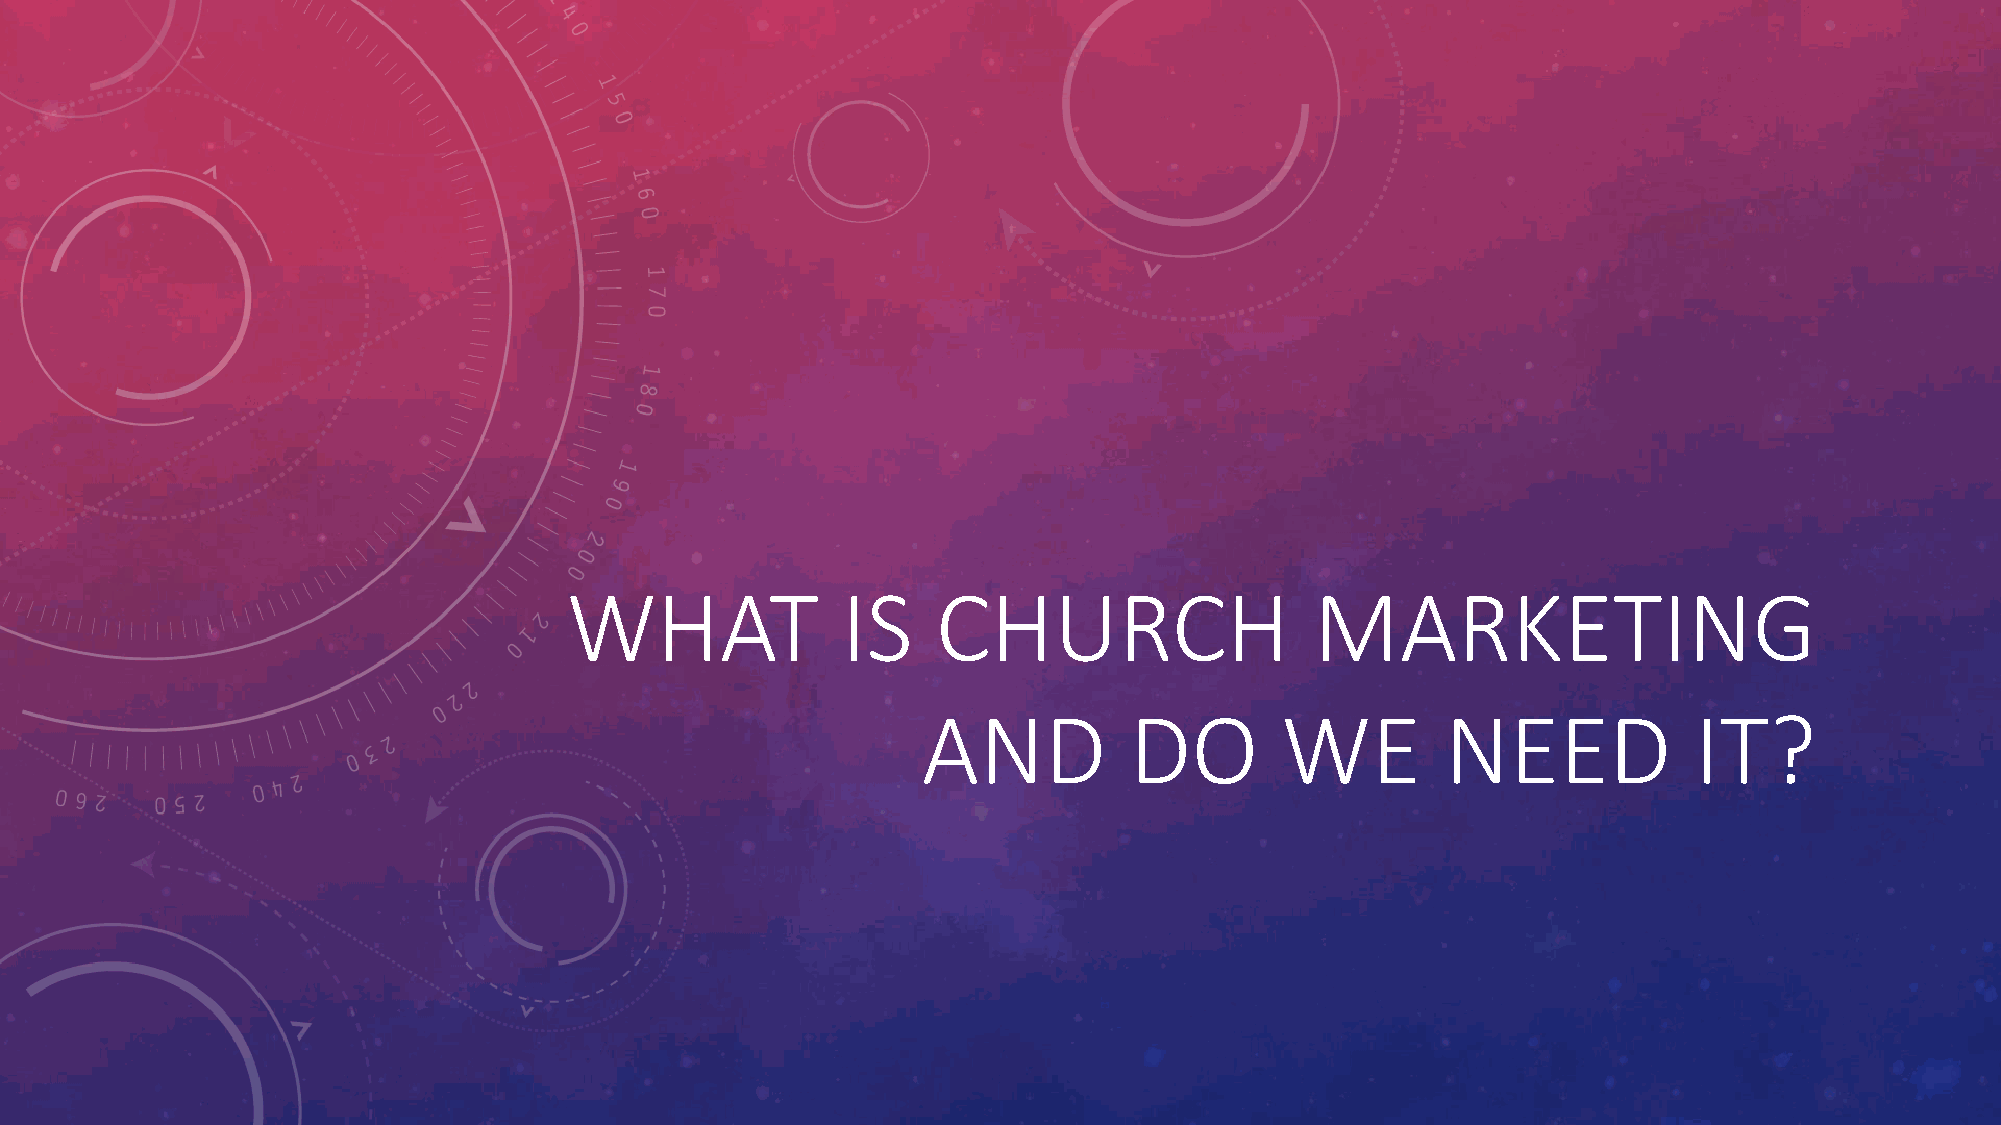
WHAT               IS    CHURCH                   MARKETING
 AND           DO        WE         NEED            IT?